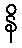
နိ